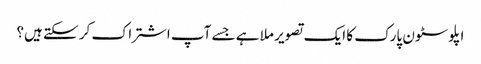
اپلوسٹون پارک کا ایک تصویر ملا ہے جسے آپ اشتراک کر سکتے ہیں؟